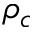
\rho _ { c }